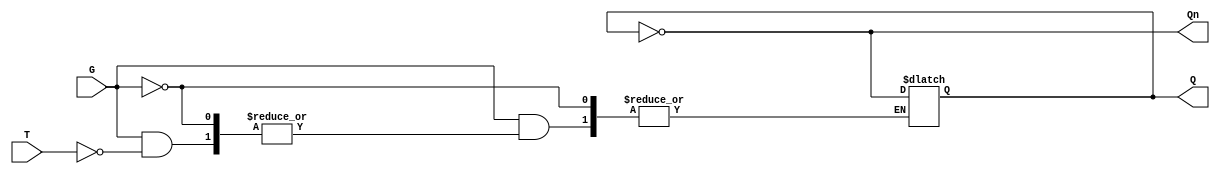
module Gated_T_Latch (
    input wire T,      // Toggle input
    input wire G,      // Gate signal
    output reg Q,      // Output
    output wire Qn     // Complement of Q
);

    assign Qn = ~Q; // Q' is the complement of Q

    // Always block to implement the latch behavior
    always @(*) begin
        if (G == 0) begin
            // Hold state
            Q <= Q; // No change
        end else if (G == 1) begin
            if (T == 1) begin
                // Toggle state
                Q <= ~Q; // Toggle the output
            end
            // If T == 0, Q remains unchanged (handled by the else condition)
        end
    end

    // Initial state (optional, can be set to 0 or 1)
    initial begin
        Q = 0; // Set initial state to 0
    end

endmodule